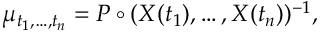
\mu _ { t _ { 1 } , \dots , t _ { n } } = P \circ ( X ( { t _ { 1 } } ) , \dots , X ( { t _ { n } } ) ) ^ { - 1 } ,